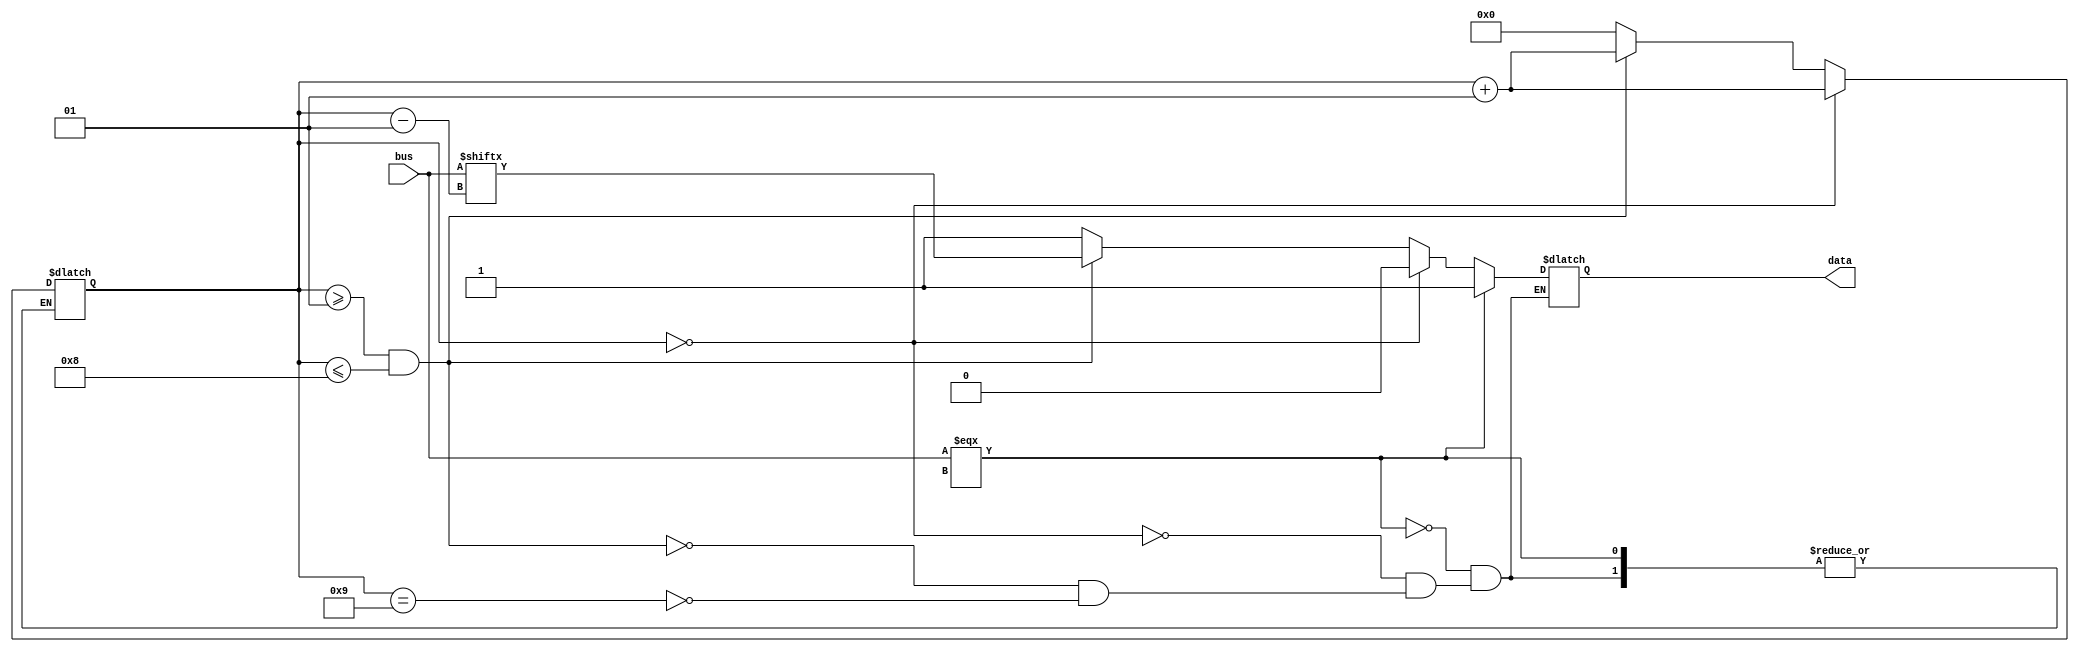
module transmitter (input [7:0] bus , output data);

reg clk;
integer i=0;
assign data=temp;
reg temp;
initial begin
    clk<=0;
    
end

always #104166 clk=~clk;

always @(clk) begin

    if (bus=== 8'bxxxxxxxx) temp<=1;

    else if (i==0) begin
        temp<=0;
        i<=i+1;
    end

    else if (i>=1 && i<=8) begin
        temp<=bus[i-1];
        i<=i+1;
    end
    else if (i==9) begin
        i<=0;
        temp<=1;
    end
end

endmodule